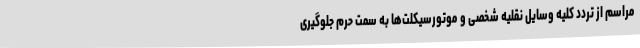
مراسم از تردد کلیه وسایل نقلیه شخصی و موتورسیکلت‌ها به سمت حرم جلوگیری